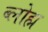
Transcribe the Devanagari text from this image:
ब्लोह्म